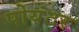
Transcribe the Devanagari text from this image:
पोयंटर